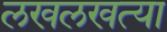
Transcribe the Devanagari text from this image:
लखलखत्या